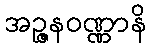
အဉ္ဇနဝဏ္ဏာနိ